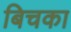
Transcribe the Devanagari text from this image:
बिचका